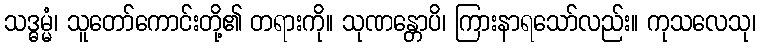
သဒ္ဓမ္မံ၊ သူတော်ကောင်းတို့၏ တရားကို။ သုဏန္တောပိ၊ ကြားနာရသော်လည်း။ ကုသလေသု၊